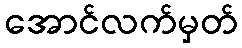
အောင်လက်မှတ်